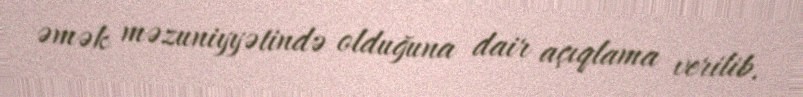
əmək məzuniyyətində olduğuna dair açıqlama verilib.